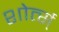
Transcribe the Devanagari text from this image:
शोर्त्स्